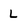
Character: L